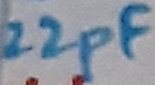
Text: 22pF